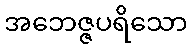
အဘေဇ္ဇပရိသော